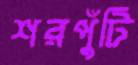
শরপুঁটি